Vaccination in Bombay 1856-1862 - 1856-1862
Year: 1856
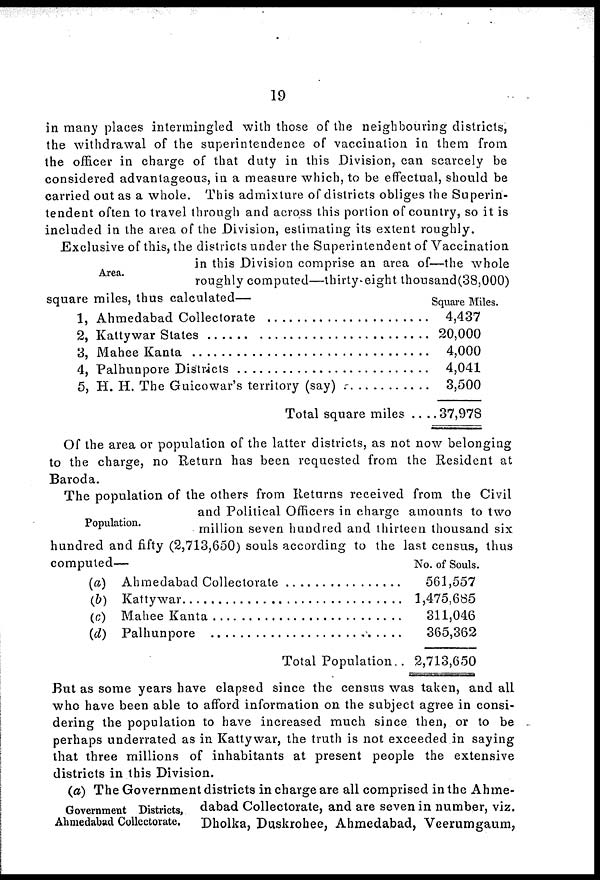
19
in many places intermingled with those of the neighbouring districts,
the withdrawal of the superintendence of vaccination in them from
the officer in charge of that duty in this Division, can scarcely be
considered advantageous, in a measure which, to be effectual, should be
carried out as a whole. This admixture of districts obliges the Superin-
tendent often to travel through and across this portion of country, so it is
included in the area of the Division, estimating its extent roughly.
Area.
Exclusive of this, the districts under the Superintendent of Vaccination
in this Division comprise an area of—the whole
roughly computed—thirty-eight thousand(38,000)
square miles, thus calculated—
1,
2,
3,
4,
5,
Ahmedabad Collectorate.............
Kattywar States.......................
Mahee Kanta .........................
Palhunpore Districts...............
H. H. The Guicowar's territory (say)...........
Total square miles ....
Square Miles.
4,437
20,000
4,000
4,041
3,500
37,978
Of the area or population of the latter districts, as not now belonging
to the charge, no Return has been requested from the Resident at
Baroda.
Population.
The population of the others from Returns received from the Civil
and Political Officers in charge amounts to two
million seven hundred and thirteen thousand six
hundred and fifty (2,713,650) souls according to the last census, thus
computed—
(a)
(b)
(c)
(d)
Ahmedabad Collectorate
Kattywar
Mahee Kanta .............................
Palhunpore ...............................
Total Population..
No. of Souls.
561,557
1,475,685
311,046
365,362
2,713,650
But as some years have elapsed since the census was taken, and all
who have been able to afford information on the subject agree in consi-
dering the population to have increased much since then, or to be
perhaps underrated as in Kattywar, the truth is not exceeded in saying
that three millions of inhabitants at present people the extensive
districts in this Division.
Government Districts,
Ahmedabad Collectorate.
(a) The Government districts in charge are all comprised in the Ahme-
dabad Collectorate, and are seven in number, viz.
Dholka, Duskrohee, Ahmedabad, Veerumgaum,